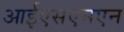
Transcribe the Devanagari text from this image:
आईएसएमएन